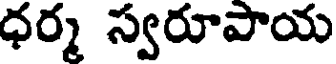
ధర్మ స్వరూపాయ